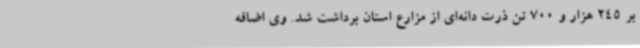
بر 245 هزار و 700 تن ذرت دانه‌ای از مزارع استان برداشت شد. وی اضافه